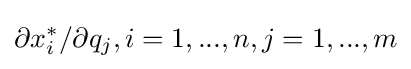
\partial x_{i}^{*}/\partial q_{j},i=1,...,n,j=1,...,m